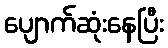
ပျောက်ဆုံးနေပြီး